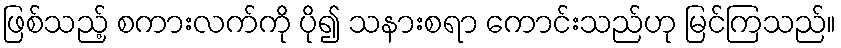
ဖြစ်သည့် စကားလက်ကို ပို၍ သနားစရာ ကောင်းသည်ဟု မြင်ကြသည်။